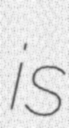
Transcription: is